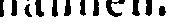
mannen.